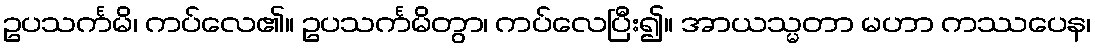
ဥပသင်္ကမိ၊ ကပ်လေ၏။ ဥပသင်္ကမိတွာ၊ ကပ်လေပြီး၍။ အာယသ္မတာ မဟာ ကဿပေန၊